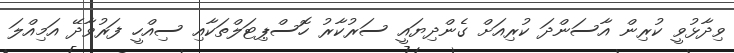
ވިދާޅުވީ ކުރިން އާސަންދަ ކުރިއަށް ގެންދިޔައީ ސަރުކާރު ހޮސްޕިޓަލްތަކާއި ސިއްހީ ފަރުވާދޭ އަމިއްލަ